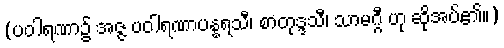
(ပဝါရဏာ၌ အဇ္ဇ ပဝါရဏာပန္နရသီ၊ စာတုဒ္ဒသီ၊ သာမဂ္ဂီ ဟု ဆိုအပ်၏။)